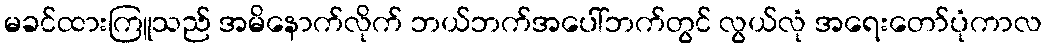
မခင်ထားကြူသည် အမိနောက်လိုက် ဘယ်ဘက်အပေါ်ဘက်တွင် လွယ်လုံ အရေးတော်ပုံကာလ